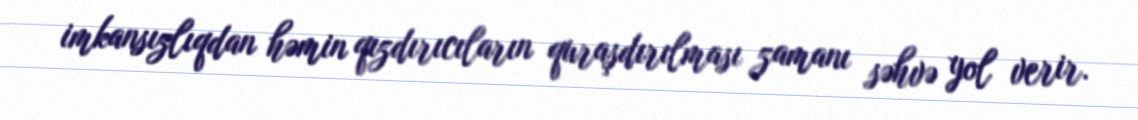
imkansızlıqdan həmin qızdırıcıların quraşdırılması zamanı səhvə yol verir.